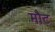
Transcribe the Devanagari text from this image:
मौट